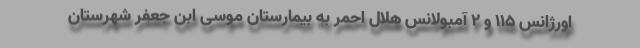
اورژانس ۱۱۵ و ۲ آمبولانس هلال احمر به بیمارستان موسی ابن جعفر شهرستان